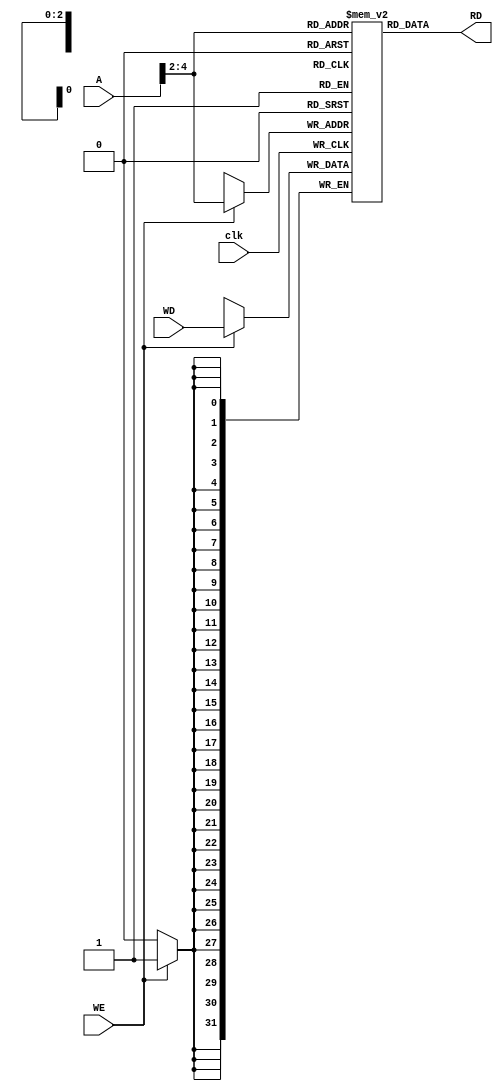
//----------------------------------------------------------------------------//
//  dmem.v
//  
//  The data memory stores values and can be written to or read from with a 
//  specified address.
//
//----------------------------------------------------------------------------//

module dmem(RD, A, WD, WE, clk);
	output  [31:0]  RD;
	input   [31:0]  A, WD;
	input           WE, clk;
  
	// Create the registers for the data being read and the memory block
	// Memory created: 32bit words x 8 addresses
	reg     [31:0]  RD;
	reg     [31:0]  dMem [7:0];

	// Write the data to the address specified -> A[4:2]
	always @(posedge clk) begin
		if(WE)
			dMem[A[4:2]] <= WD;
	end

	// Read the data from the address specified -> A[4:2]
	always @(A, dMem[A[4:2]]) begin
		RD = dMem[A[4:2]];
	end
endmodule